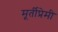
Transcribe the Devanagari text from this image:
मूर्तीप्रेमी